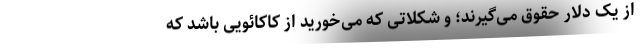
از یک دلار حقوق می‌گیرند؛ و شکلاتی که می‌خورید از کاکائویی باشد که